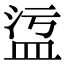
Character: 𥁡